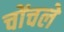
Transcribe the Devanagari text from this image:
चोंचले